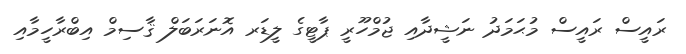
ރައީސް ރައީސް މުޙަމަދު ނަޝީދާއި ޖުމްހޫރީ ޕާޓީގެ ލީޑަރ އޮނަރަބަލް ޤާސިމް އިބްރާހީމާއި